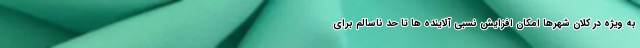
به ویژه در کلان شهرها امکان افزایش نسبی آلاینده ها تا حد ناسالم برای